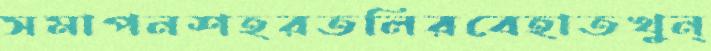
সমাপনশহরতলিরবেহাতখুন্